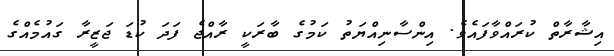
އިޝާރާތް ކުރައްވާފައެވެ. އިންސާނިއްޔަތު ކަމުގެ ބާރަކީ ރާއްޖެ ފަދަ ކުޑަ ޖަޒީރާ ގައުމެއްގެ